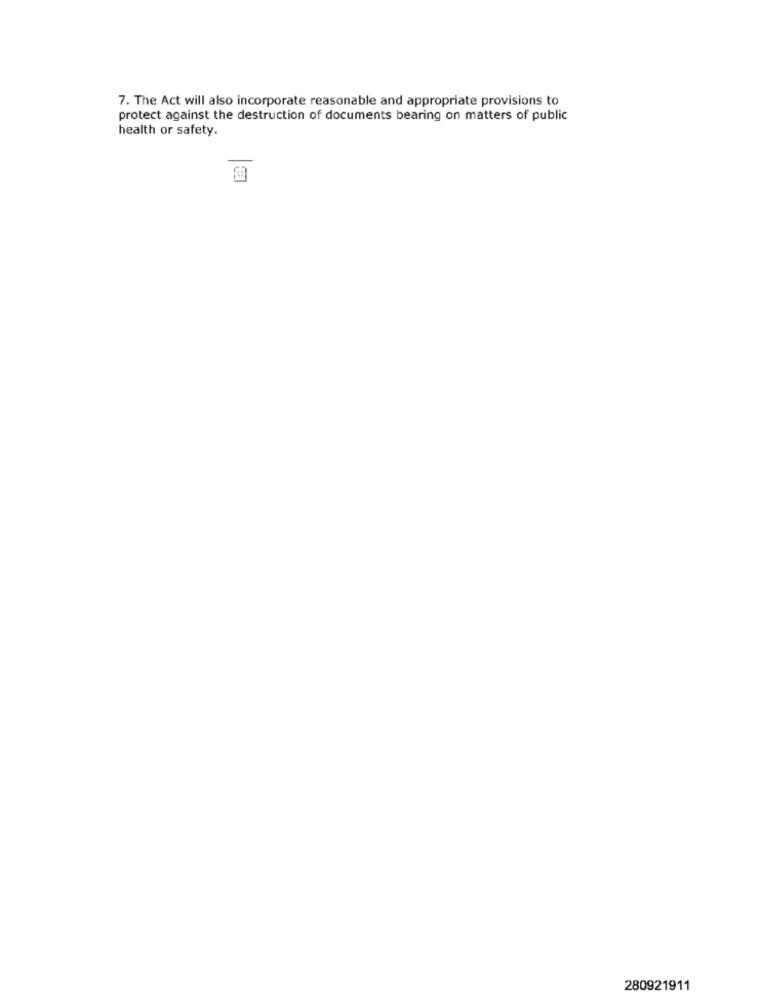
7. The Act will also incorporate reasonable and appropriate provisions to
protect against the destruction of documents bearing on matters of public
health or safety.
280921911